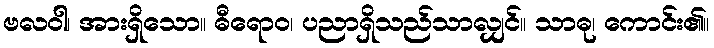
ဗလဝါ၊ အားရှိသော။ ဓီရောဝ၊ ပညာရှိသည်သာလျှင်။ သာဓု၊ ကောင်း၏။